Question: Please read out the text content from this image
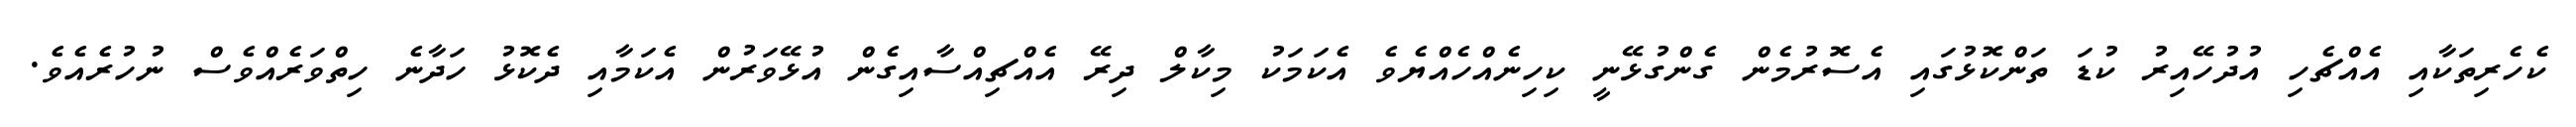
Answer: ކެހެރިތަކާއި އެއްޗެހި އުދުހޭއިރު ކުޑަ ތަންކޮޅުގައި އެސޮރުމެން ގެންގުޅޭނީ ކިހިނެއްހެއްޔެވެ އެކަމަކު މިކާލް ދިރޭ އެއްޗިއްސާއިގެން އުޅޭވަރުން އެކަމާއި ދެކޮޅު ހަދާނެ ހިތްވަރެއްވެސް ނުހުރެއެވެ.